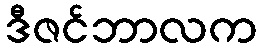
ဒီဇင်ဘာလက